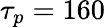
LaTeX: \tau_{p}=160